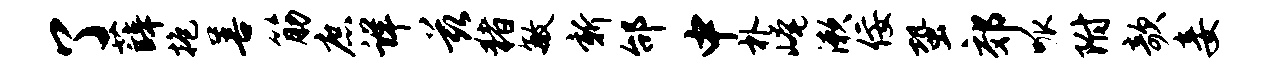
了薛抱善筋庶详兹猪敏新邰中朴崦漱佞蛩郊呱附欹妾